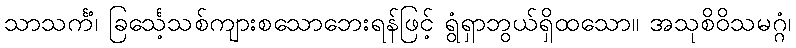
သာသင်္ကံ၊ ခြင်္သေ့သစ်ကျားစသောဘေးရန်ဖြင့် ရွံရှာဘွယ်ရှိထသော။ အသုစိဝိသမဂ္ဂံ၊